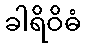
ခါရိဝိဓံ